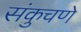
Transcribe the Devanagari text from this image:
संकुचणे